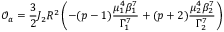
\mathcal { O } _ { a } = \frac { 3 } { 2 } J _ { 2 } R ^ { 2 } \left( - ( p - 1 ) \frac { \mu _ { 1 } ^ { 4 } \beta _ { 1 } ^ { 7 } } { \Gamma _ { 1 } ^ { 7 } } + ( p + 2 ) \frac { \mu _ { 2 } ^ { 4 } \beta _ { 2 } ^ { 7 } } { \Gamma _ { 2 } ^ { 7 } } \right)